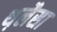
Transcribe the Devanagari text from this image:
थ़लैसा